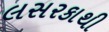
લસરકાથી